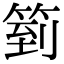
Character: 箌